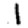
Digit: 1